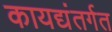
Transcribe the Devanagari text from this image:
कायद्यंतर्गत